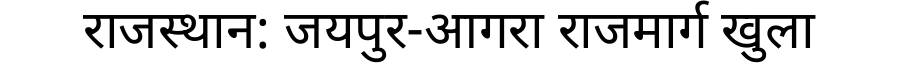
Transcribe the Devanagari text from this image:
राजस्थान: जयपुर-आगरा राजमार्ग खुला